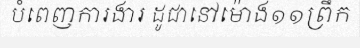
បំពេញការងារ ដូជានៅម៉ោង១១ព្រឹក